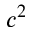
c ^ { 2 }